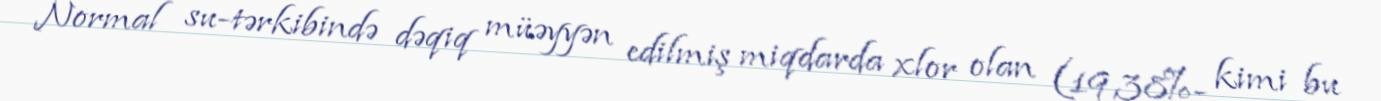
Normal su-tərkibində dəqiq müəyyən edilmiş miqdarda xlor olan (19,38%- kimi bu